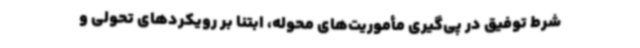
شرط توفیق در پی‌گیری مأموریت‌های محوله، ابتنا بر رویکردهای تحولی و